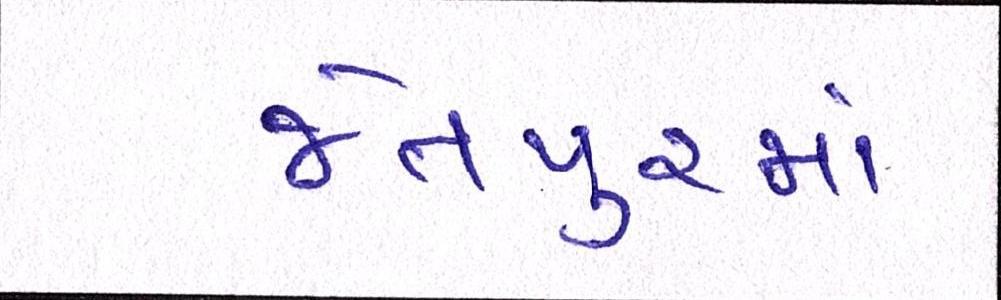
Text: જેતપુરમાં